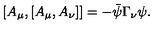
[ A _ { \mu } , [ A _ { \mu } , A _ { \nu } ] ] = - \bar { \psi } \Gamma _ { \nu } \psi .